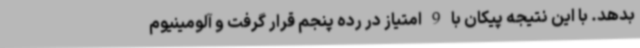
بدهد. با این نتیجه پیکان با 9 امتیاز در رده پنجم قرار گرفت و آلومینیوم